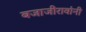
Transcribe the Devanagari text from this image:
बजाजीरावांनी